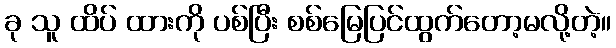
ခု သူ ထိပ် ထားကို ပစ်ပြီး စစ်မြေပြင်ထွက်တော့မလို့တဲ့။